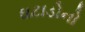
ઘટાડોનો